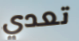
تعدي